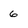
Character: 6